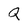
Character: Q